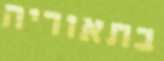
בתאוריה